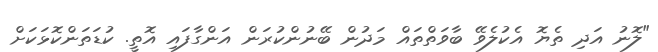
"ލޮނު އަދި ތެޔޮ އެކުލެވޭ ބާވަތްތައް މަދުން ބޭނުންކުރަން އަންގާފައި އޮތީ. ކުޑަތަންކޮޅަކަށް